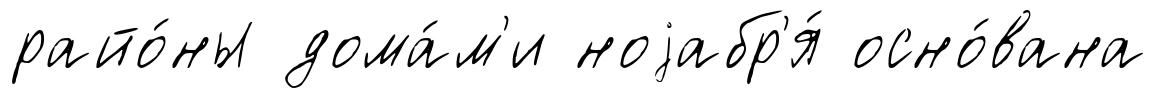
райо́ны дома́м'и ноjабр'я́ осно́вана